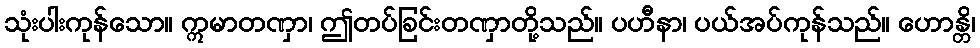
သုံးပါးကုန်သော။ ဣမာတဏှာ၊ ဤတပ်ခြင်းတဏှာတို့သည်။ ပဟီနာ၊ ပယ်အပ်ကုန်သည်။ ဟောန္တိ၊